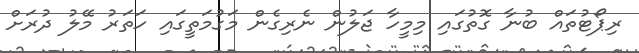
ރިޕޯޓުތައް ބުނާ ގޮތުގައި މިމީހާ ޖަލުން ނެރިގެން މަގުމަތީގައި ހަތަރު މޭލު ދުރަށް